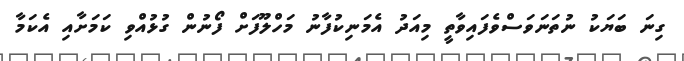
ގިނަ ބަޔަކު ނުތަނަވަސްވެފައިވާތީ މިއަދު އެމަނިކުފާނު މަހްލޫފަށް ފޯނުން ގުޅުއްވި ކަމަށާއި އެކަމާ